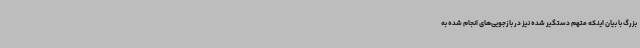
بزرگ با بیان اینکه متهم دستگیر شده نیز در بازجویی‌های انجام شده به